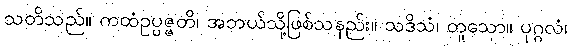
သတိသည်။ ကထံဥပ္ပဇ္ဇတိ၊ အဘယ်သို့ဖြစ်သနည်း။ သဒိသံ၊ တူသော။ ပုဂ္ဂလံ၊